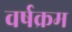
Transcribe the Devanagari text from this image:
वर्षक्रम